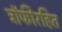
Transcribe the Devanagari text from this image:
ट्रॉफीरहित